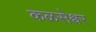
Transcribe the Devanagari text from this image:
कळसेश्वर